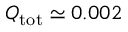
Q _ { \mathrm { t o t } } \simeq 0 . 0 0 2